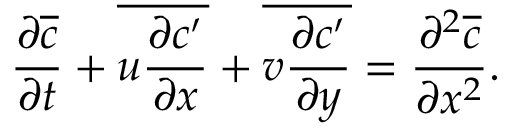
\frac { \partial \overline { { c } } } { \partial t } + \overline { { u \frac { \partial c ^ { \prime } } { \partial x } } } + \overline { { v \frac { \partial c ^ { \prime } } { \partial y } } } = \frac { \partial ^ { 2 } \overline { { c } } } { \partial x ^ { 2 } } .